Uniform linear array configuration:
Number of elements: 4
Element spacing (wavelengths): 0.75
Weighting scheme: binomial
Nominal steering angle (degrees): -60
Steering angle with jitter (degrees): -60.15
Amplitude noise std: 0.05
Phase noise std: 0.05

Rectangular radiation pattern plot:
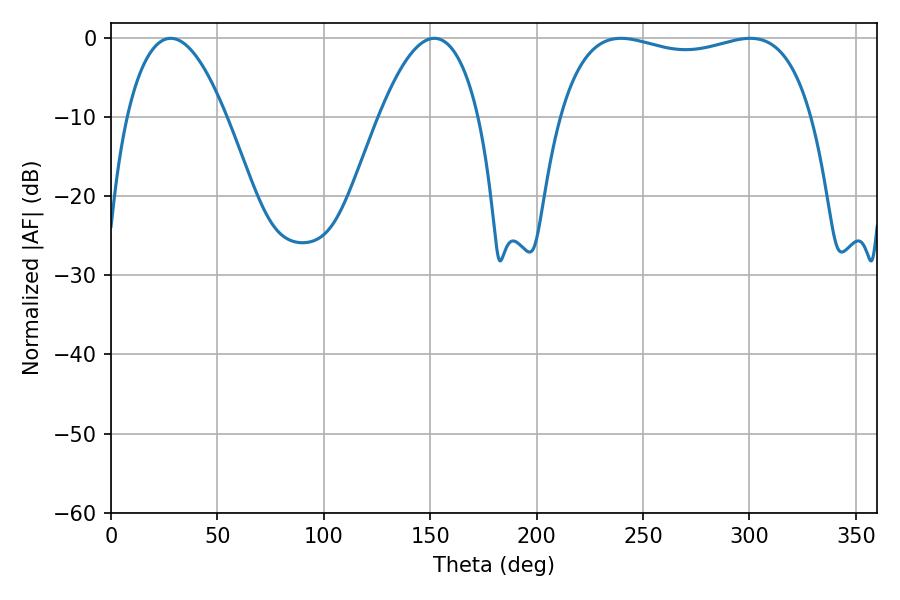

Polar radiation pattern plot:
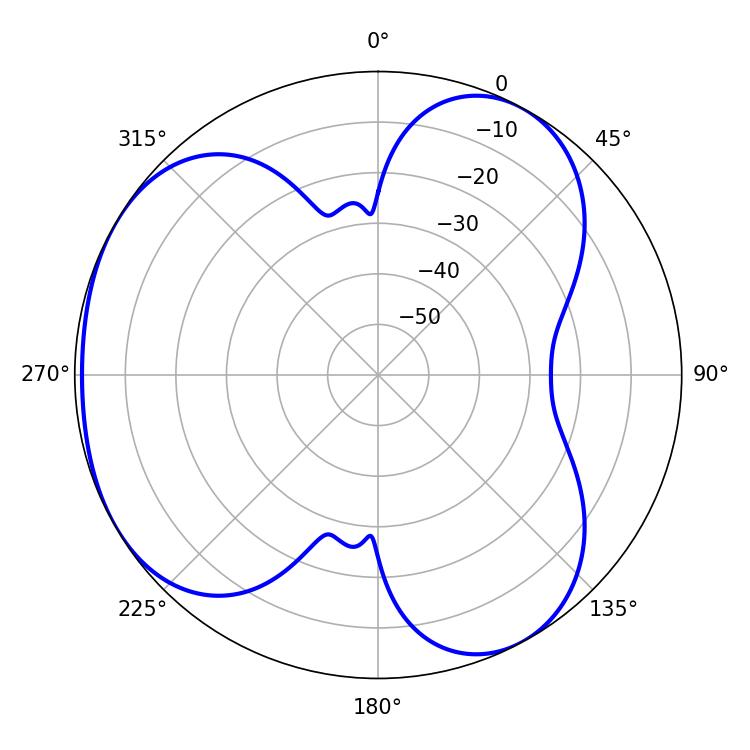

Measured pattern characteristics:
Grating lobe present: TRUE
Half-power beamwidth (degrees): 25.74
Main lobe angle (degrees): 28.08